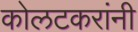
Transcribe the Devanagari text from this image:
कोलटकरांनी